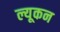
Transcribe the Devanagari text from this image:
ल्यूकन